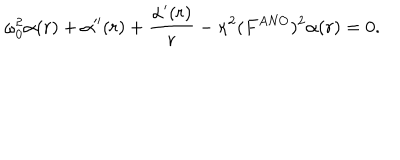
\omega _ { 0 } ^ { 2 } \alpha ( r ) + \alpha ^ { \prime \prime } ( r ) + \frac { \alpha ^ { \prime } ( r ) } { r } - \kappa ^ { 2 } ( F ^ { \mathrm { A N O } } ) ^ { 2 } \alpha ( r ) = 0 .